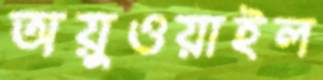
অয়ুওয়াইল